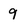
Character: 9